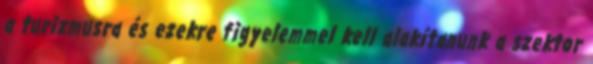
a turizmusra és ezekre figyelemmel kell alakítanunk a szektor